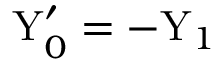
\mathrm { Y } _ { 0 } ^ { \prime } = - \mathrm { Y } _ { 1 }